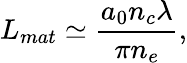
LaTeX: L_{mat}\simeq\frac{a_{0}n_{c}\lambda}{\pi n_{e}},